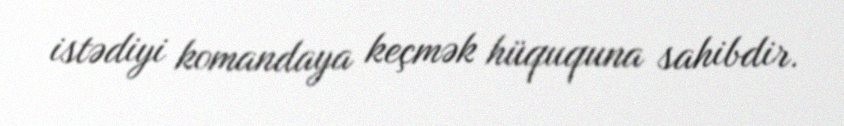
istədiyi komandaya keçmək hüququna sahibdir.